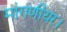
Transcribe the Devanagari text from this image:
मांगणीयर।